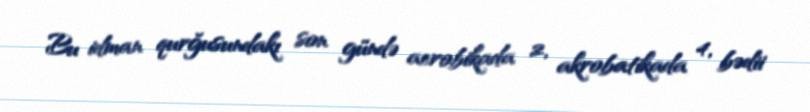
Bu idman qurğusundakı son gündə aerobikada 2, akrobatikada 4, bədii